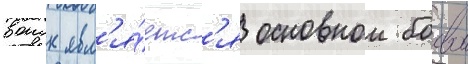
воиск явл'я́етс'я основнои боевои